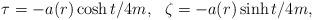
LaTeX: \begin{align*}\tau =-a(r)\cosh t/4m,~~\zeta =- a(r)\sinh t/4m,\end{align*}